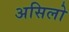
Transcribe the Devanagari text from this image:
असिलो